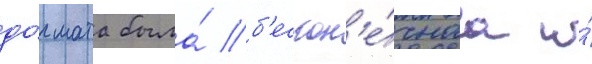
до́гмата была́ б'ескон'е́чнаа и́